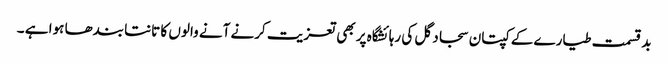
بد قسمت طیارے کے کپتان سجاد گل کی رہائشگاہ پر بھی تعزیت کرنے آنے والوں کا تانتا بندھا ہوا ہے ۔